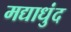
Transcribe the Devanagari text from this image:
मद्याधुंद